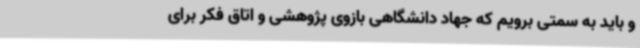
و باید به سمتی برویم که جهاد دانشگاهی بازوی پژوهشی و اتاق فکر برای